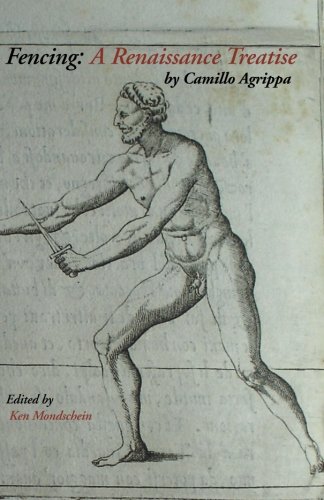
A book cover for Fencing: A Renaissance Treatise; Camillo Agrippa; Sports & Outdoors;